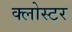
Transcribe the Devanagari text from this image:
क्लोस्टर